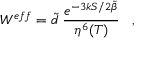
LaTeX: W ^ { e f f } = \tilde { d } \; \frac { e ^ { { - 3 k S } / { 2 \tilde { \beta } } } } { \eta ^ { 6 } ( T ) } \; \; \; ,